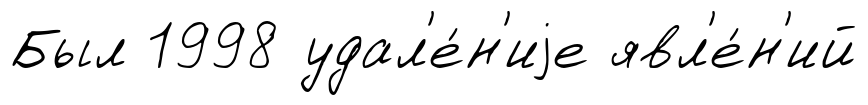
Был 1998 удал'е́н'иjе явл'е́н'ий